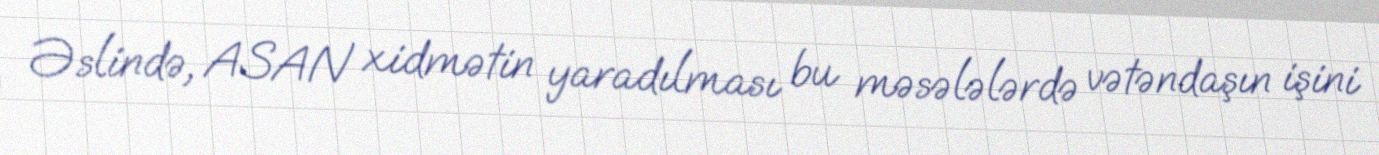
Əslində, ASAN xidmətin yaradılması bu məsələlərdə vətəndaşın işini